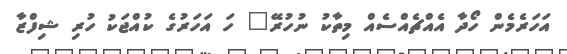
އަހަރެމެން ހޯދާ އެއްޗެއްސެއް މިތާކު ނުހުރޭ" ހަ އަހަރުގެ ކުއްޖަކު ހުރި ޝިފްޒާ